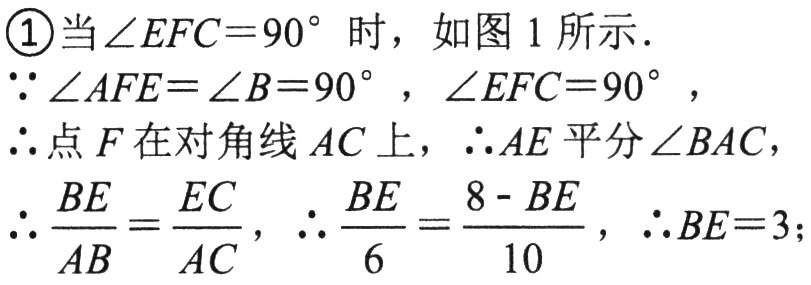
\textcircled{1}当$\angle EFC = 90^{\circ}$时，如图1所示.
$\because\angle AFE=\angle B = 90^{\circ}$，$\angle EFC = 90^{\circ}$，
$\therefore$点$F$在对角线$AC$上，$\therefore AE$平分$\angle BAC$，
$\therefore\frac{BE}{AB}=\frac{EC}{AC}$，$\therefore\frac{BE}{6}=\frac{8 - BE}{10}$，$\therefore BE = 3$；